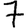
Digit: 7